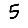
Digit: 5